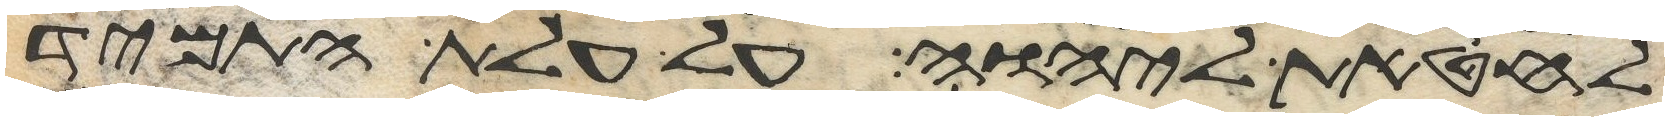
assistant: לחטאת ליהוה על עלת התמיד